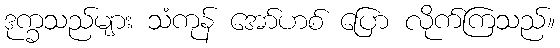
ဒုက္ခသည်များ သံကုန် အော်ဟစ် ပြော လိုက်ကြသည်။